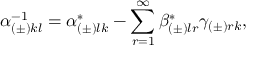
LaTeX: \alpha _ { ( \pm ) k l } ^ { - 1 } = \alpha _ { ( \pm ) l k } ^ { * } - \sum _ { r = 1 } ^ { \infty } \beta _ { ( \pm ) l r } ^ { * } \gamma _ { ( \pm ) r k } ,